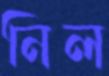
নিল